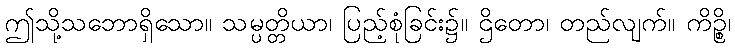
ဤသို့သဘောရှိသော။ သမ္ပတ္တိယာ၊ ပြည့်စုံခြင်း၌။ ဌိတော၊ တည်လျက်။ ကိဉ္စိ၊